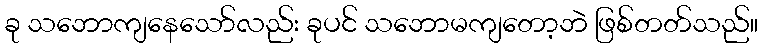
ခု သဘောကျနေသော်လည်း ခုပင် သဘောမကျတော့ဘဲ ဖြစ်တတ်သည်။